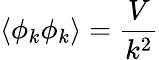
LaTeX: \left\langle\phi_{k}\phi_{k}\right\rangle={\frac{V}{k^{2}}}